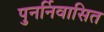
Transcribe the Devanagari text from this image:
पुनर्निवासित